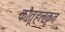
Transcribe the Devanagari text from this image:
कौतूहलकृत